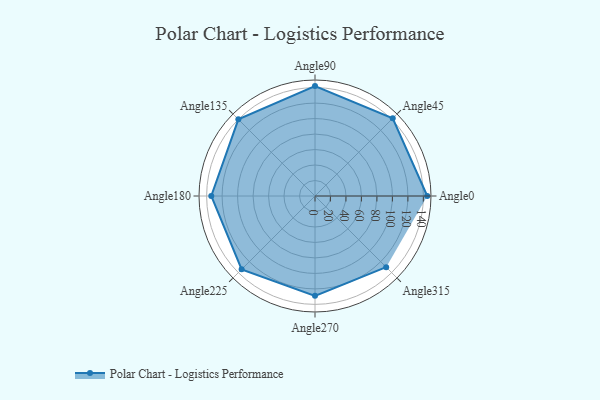
{"axis": {"x": "Angle", "y": "Radius"}, "legend": [""], "data": [{"x": "Angle0", "y": 145.0, "type": ""}, {"x": "Angle45", "y": 142.0, "type": ""}, {"x": "Angle90", "y": 142.0, "type": ""}, {"x": "Angle135", "y": 140.0, "type": ""}, {"x": "Angle180", "y": 134.0, "type": ""}, {"x": "Angle225", "y": 134.0, "type": ""}, {"x": "Angle270", "y": 129.0, "type": ""}, {"x": "Angle315", "y": 130.0, "type": ""}]}